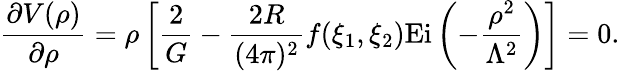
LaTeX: \frac{\partial V(\rho)}{\partial\rho}=\rho\left[\frac{2}{G}-\frac{2R}{(4\pi)^{2}}f(\xi_{1},\xi_{2})\mathrm{Ei}\left(-\frac{\rho^{2}}{\Lambda^{2}}\right)\right]=0.